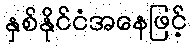
နှစ်နိုင်ငံအနေဖြင့်